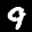
Label: 9